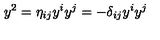
y ^ { 2 } = \eta _ { i j } y ^ { i } y ^ { j } = - \delta _ { i j } y ^ { i } y ^ { j }